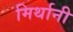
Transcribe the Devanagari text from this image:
मिर्थानी